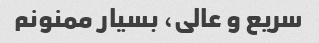
سریع و عالی، بسیار ممنونم